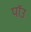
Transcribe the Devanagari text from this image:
पॉउ